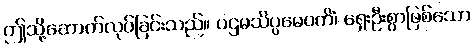
ဤသို့ဆောက်လုပ်ခြင်းသည်။ ပဌမသိပ္ပမေဝကိံ၊ ရှေးဦးစွာဖြစ်သော